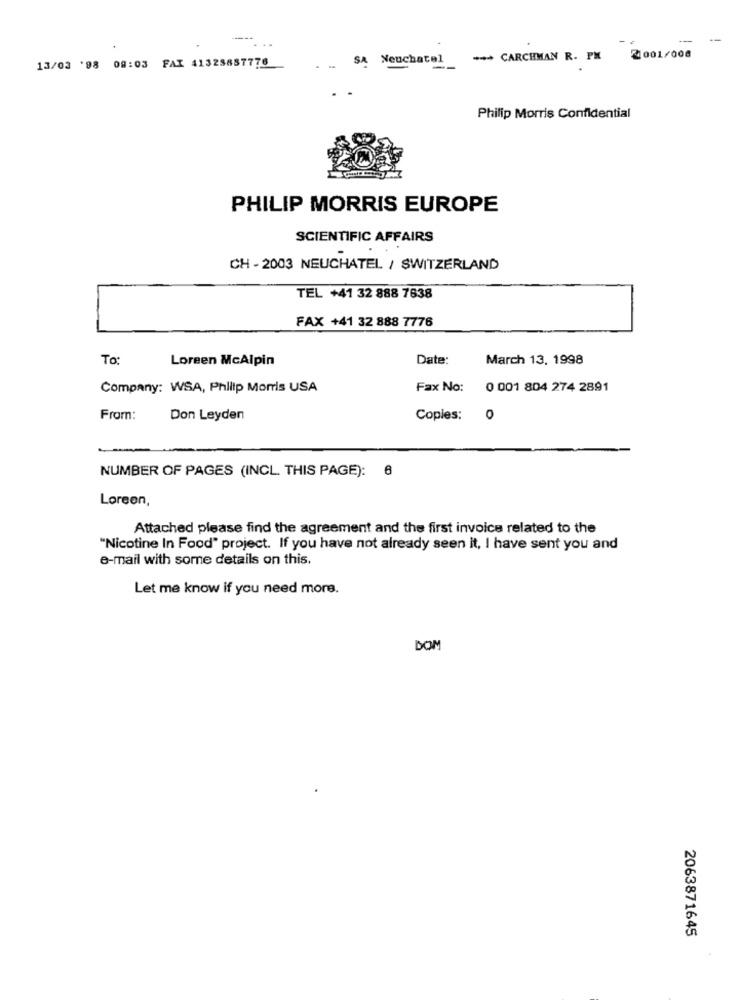
...
13/03 '98 08:03 FAI 41328887776
SA Neuchatel
*** CARCHMAN R. PM 2001/008
Philip Morris Confidential
PHILIP MORRIS EUROPE
SCIENTIFIC AFFAIRS
CH - 2003 NEUCHATEL / SWITZERLAND
TEL +41 32 888 7638
FAX +41 32 888 7776
To
Loreen McAlpin
Date:
March 13, 1998
Company: WSA, Philip Morris USA
Fax No:
0 001 804 274 2891
From:
Don Leyden
Copies:
0
NUMBER OF PAGES (INCL. THIS PAGE): 6
Loreen,
Attached please find the agreement and the first invoice related to the
"Nicotine In Food" project. If you have not already seen it, I have sent you and
e-mail with some details on this.
Let me know if you need more.
DOM
2063871645